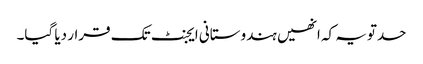
حدتویہ کہ انھیں ہندوستانی ایجنٹ تک قرار دیا گیا۔